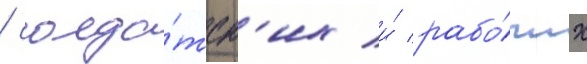
/ солда́тск'их и́ рабо́чих